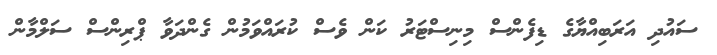
ސައުދި އަރަބިއްޔާގެ ޑިފެންސް މިނިސްޓަރު ކަން ވެސް ކުރައްވަމުން ގެންދަވާ ޕްރިންސް ސަލްމާން